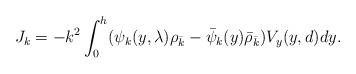
LaTeX: \begin{align*}J_k=-k^2 \int_0^{h} ( \psi_k(y,\lambda) \rho_{\bar k} - \bar \psi_k(y) \bar \rho_{\bar k}) V_y(y, d) dy.\end{align*}